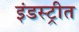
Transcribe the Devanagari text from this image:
इंडस्ट्रीत